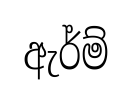
ඇර්ම්